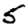
Digit: 5